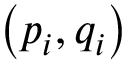
\left( { p _ { i } , q _ { i } } \right)